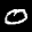
Label: 0